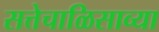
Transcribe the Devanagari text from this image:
सत्तेचाळिसाव्या